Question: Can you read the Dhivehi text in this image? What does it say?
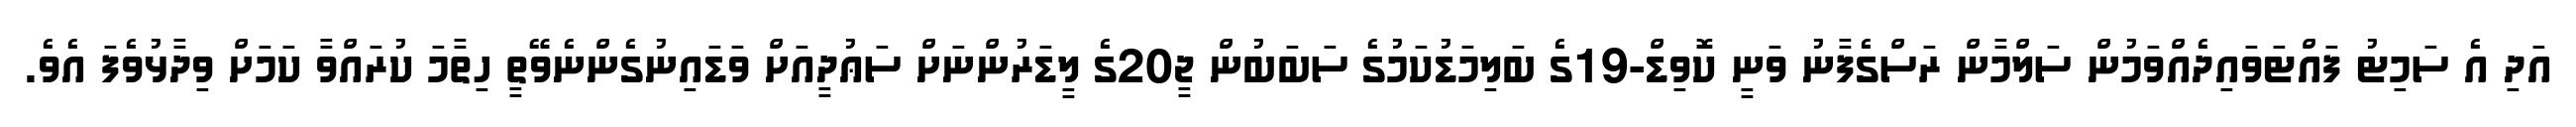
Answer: އަދި އެ ސަމިޓު ފައްޓަވައިދެއްވަމުން ސަލްމާން ރަސްގެފާނު ވަނީ ކޮވިޑް-19ގެ ބަލިމަޑުކަމުގެ ސަބަބުން ޖީ20ގެ ލީޑަރުންނަށް ސަޢުދީއަށް ވަޑައިނުގެންނެވޭތީ ހިތާމަ ކުރައްވާ ކަމަށް ވިދާޅުވެފަ އެވެ.